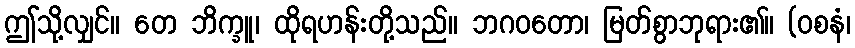
ဤသို့လျှင်။ တေ ဘိက္ခူ၊ ထိုရဟန်းတို့သည်။ ဘဂဝတော၊ မြတ်စွာဘုရား၏။ (ဝစနံ၊